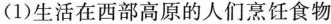
(1)生活在西部高原的人们烹饪食物